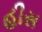
હીસ